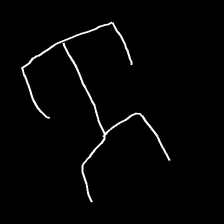
Glyph: entwine